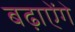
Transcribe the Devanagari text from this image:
बढ़ाऐेंगे